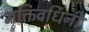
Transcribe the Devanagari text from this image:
भक्तिवर्धिनी